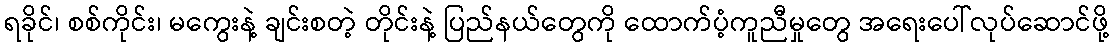
ရခိုင်၊ စစ်ကိုင်း၊ မကွေးနဲ့ ချင်းစတဲ့ တိုင်းနဲ့ ပြည်နယ်တွေကို ထောက်ပံ့ကူညီမှုတွေ အရေးပေါ်လုပ်ဆောင်ဖို့